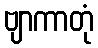
ဗျာကာတုံ